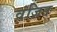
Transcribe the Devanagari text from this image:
वंजित